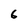
Character: 6